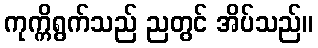
ကုက္ကိရွက်သည် ညတွင် အိပ်သည်။